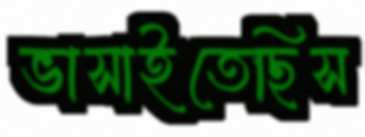
ভাসাইতেছিস